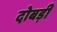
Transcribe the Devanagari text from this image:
दोबड़ी